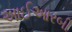
આઈઆરબી